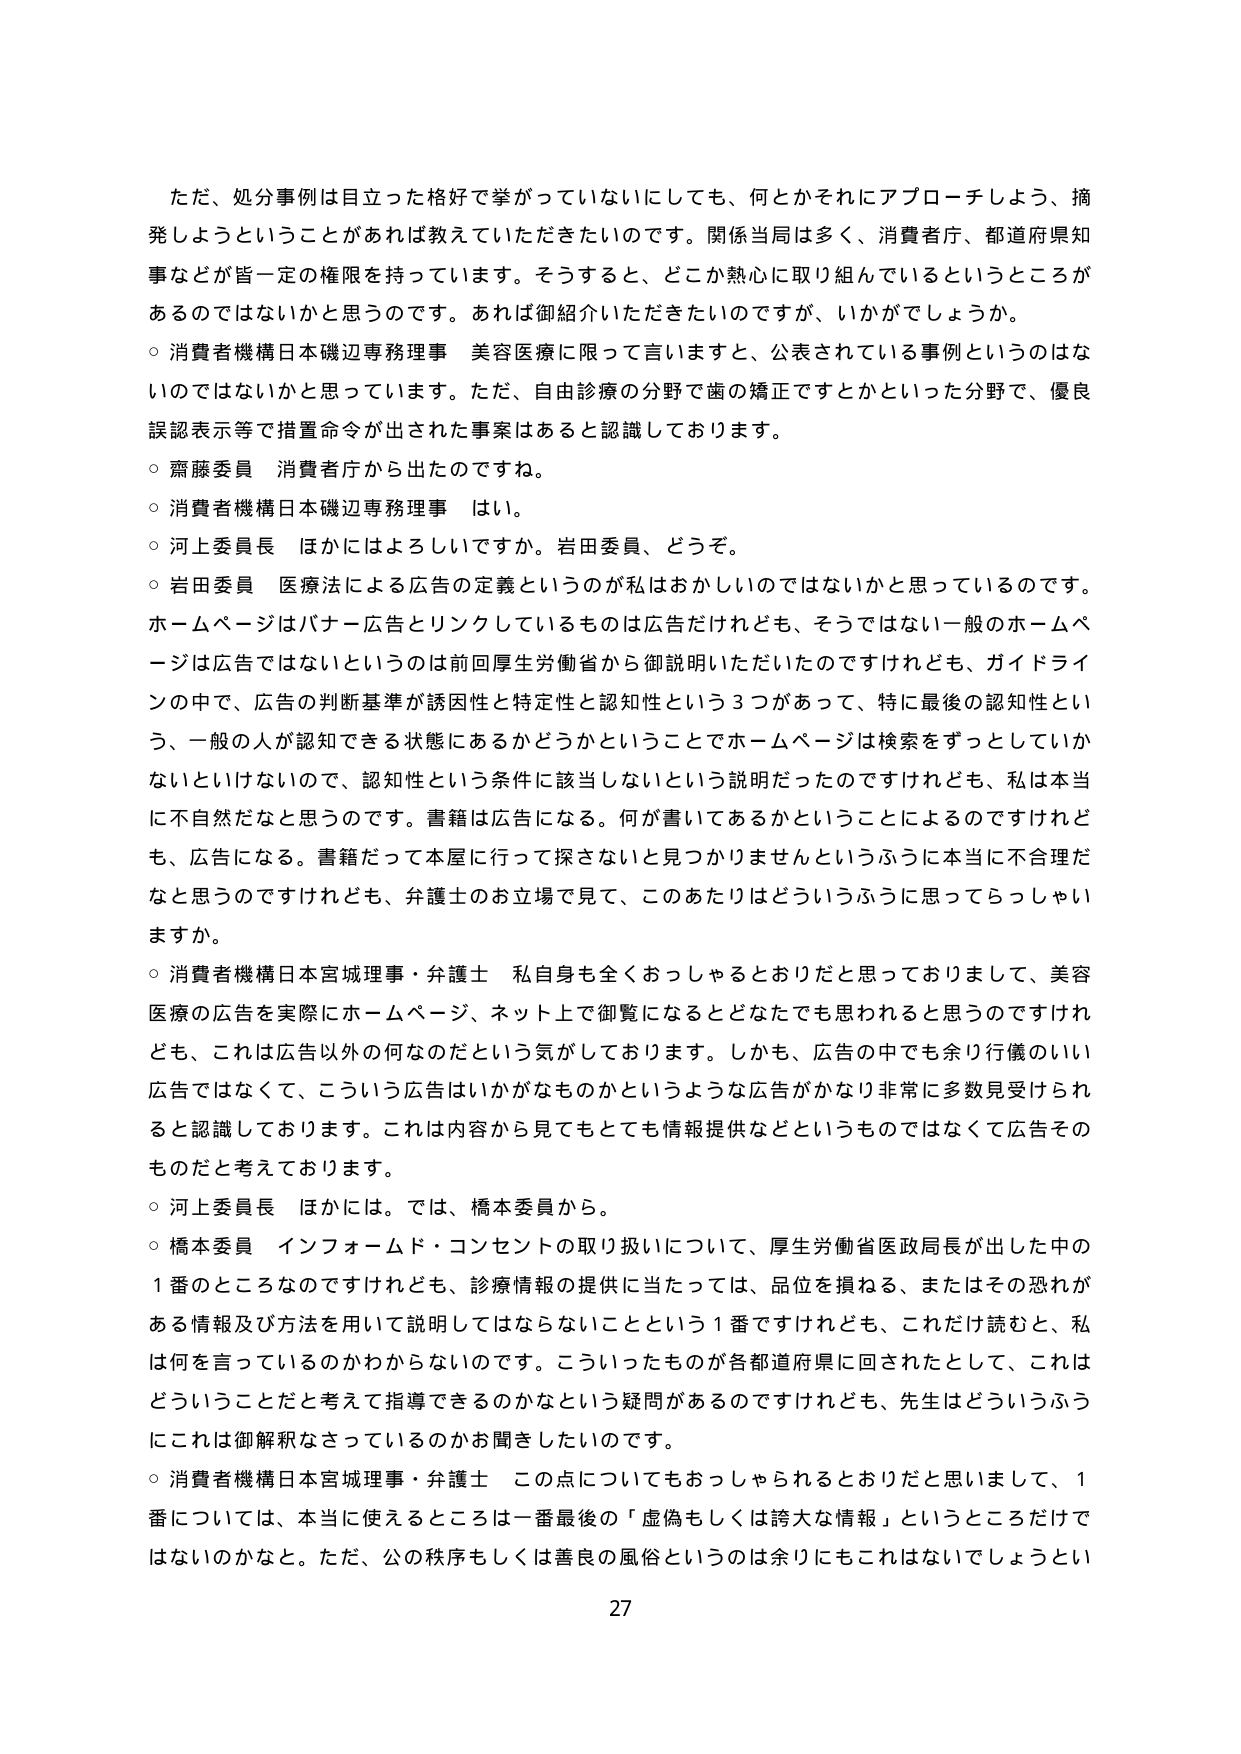
ただ、処分事例は目立った格好で挙がっていないにしても、何とかそれにアプローチしよう、摘発しようということがあれば教えていただきたいのです。関係当局は多く、消費者庁、都道府県知事などが皆一定の権限を持っています。そうすると、どこか熱心に取り組んでいるというところがあるのではないかと思うのです。あれば御紹介いただきたいのですが、いかがでしょうか。

○ 消費者機構日本磯辺専務理事 美容医療に限って言いますと、公表されている事例というのはないのではないかと思っています。ただ、自由診療の分野で歯の矯正ですとかといった分野で、優良誤認表示等で措置命令が出された事案はあると認識しております。

○ 齋藤委員 消費者庁から出たのですね。

○ 消費者機構日本磯辺専務理事 はい。

○ 河上委員長 ほかにはよろしいですか。岩田委員、どうぞ。

○ 岩田委員 医療法による広告の定義というのが私はおかしいのではないかと思っているのです。ホームページはバナー広告とリンクしているものは広告だけれども、そうではない一般のホームページは広告ではないというのは前回厚生労働省から御説明いただいたのですけれども、ガイドラインの中で、広告の判断基準が誘因性と特定性と認知性という3つがあって、特に最後の認知性という、一般の人が認知できる状態にあるかどうかということでホームページは検索をずっとしていかないといけないので、認知性という条件に該当しないという説明だったのですけれども、私は本当に不自然だなと思うのです。書籍は広告になる。何が書いてあるかということによるのですけれども、広告になる。書籍だって本屋に行って探さないと見つかりませんというふうに本当に不合理だと思うのですけれども、弁護士のお立場で見て、このあたりはどういうふうに思ってらっしゃいますか。

○ 消費者機構日本宮城理事・弁護士 私自身も全くおっしゃるとおりだと思っておりまして、美容医療の広告を実際にホームページ、ネット上で御覧になるとどなたでも思われると思うのですけれども、これは広告以外の何なのだという気がしております。しかも、広告の中でも余り行儀のいい広告ではなくて、こういう広告はいかがなものかというような広告がかなり非常に多数見受けられると認識しております。これは内容から見てもとても情報提供などというものではなくて広告そのものだと考えております。

○ 河上委員長 ほかには。では、橋本委員から。

○ 橋本委員 インフォームド・コンセントの取り扱いについて、厚生労働省医政局長が出した中の1番のところなのですけれども、診療情報の提供に当たっては、品位を損ねる、またはその恐れがある情報及び方法を用いて説明してはならないことという1番ですけれども、これだけ読むと、私は何を言っているのかわからないのです。こういったものが各都道府県に回されたとして、これはどういうことだと考えて指導できるのかなという疑問があるのですけれども、先生はどういうふうにこれは御解釈なさっているのかお聞きしたいのです。

○ 消費者機構日本宮城理事・弁護士 この点についてもおっしゃられるとおりだと思いまして、1番については、本当に使えるところは一番最後の「虚偽もしくは誇大な情報」というところだけではないのかなと。ただ、公の秩序もしくは善良の風俗というのは余りにもこれはないでしょうとい

27